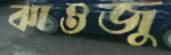
ঝাওজু